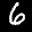
Label: 6